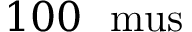
1 0 0 ~ \mathrm { { \ m u s } }